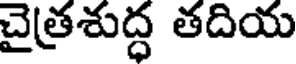
చైత్రశుద్ధ తదియ